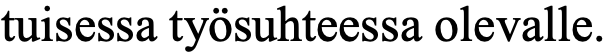
tuisessa työsuhteessa olevalle.